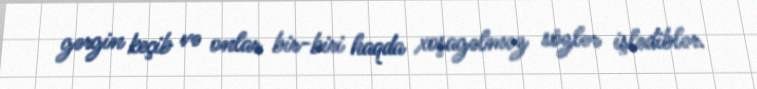
gərgin keçib və onlar bir-biri haqda xoşagəlməz sözlər işlədiblər.